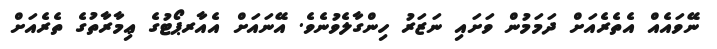
ނޭވައެއް އެތެރެއަށް ދަމަމުން ވަށައި ނަޒަރު ހިންގާލެވުނެވެ. އޭނައަށް އެއާރޕޯޓުގެ ޢިމާރާތުގެ ތެރެއަށް